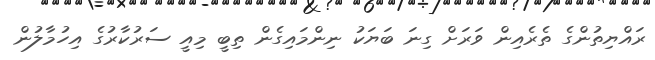
ރައްޔިތުންގެ ތެރެއިން ވަރަށް ގިނަ ބަޔަކު ނިންމައިގެން ތިބީ މިއީ ސަރުކާރުގެ އިހުމާލުން